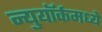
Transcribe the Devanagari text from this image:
न्युयॉर्कमध्ये